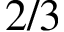
2 / 3